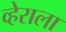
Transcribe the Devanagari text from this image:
व्हेराला